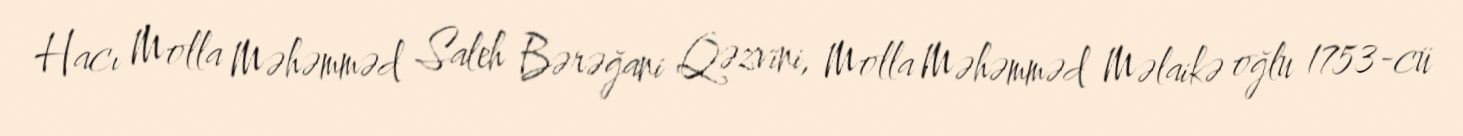
Hacı Molla Məhəmməd Saleh Bərəğani Qəzvini, Molla Məhəmməd Məlaikə oğlu 1753-cü